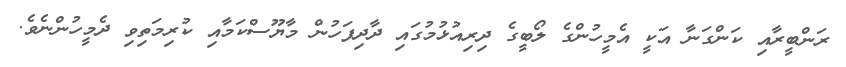
ރަންބީރާއި ކަންގަނާ އަކީ އެމީހުންގެ ލޯބީގެ ދިރިއުޅުމުގައި ދާދިފަހުން މާޔޫސްކަމާއި ކުރިމަތިވި ދެމީހުންނެވެ.